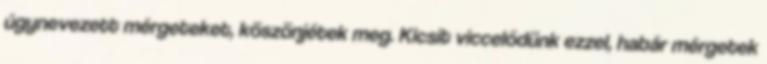
úgynevezett mérgeteket, köszönjétek meg. Kicsit viccelődünk ezzel, habár mérgetek